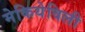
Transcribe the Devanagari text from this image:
मेकियेविली